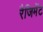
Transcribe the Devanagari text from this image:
रैजिमेंट